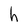
Character: h